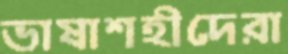
ভাষাশহীদেরা